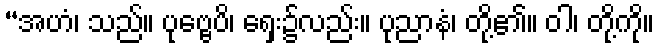
“အဟံ၊ သည်။ ပုဗ္ဗေပိ၊ ရှေး၌လည်း။ ပုညာနံ၊ တို့၏။ ဝါ၊ တို့ကို။